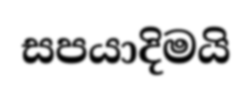
සපයාදිමයි